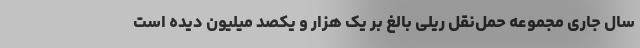
سال جاری مجموعه حمل‌نقل ریلی بالغ بر یک هزار و یکصد میلیون دیده است